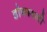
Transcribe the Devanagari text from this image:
डोकावली